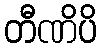
တီဏိပိ